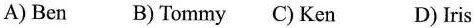
A) Ben B) Tommy C) Ken D) Iris